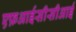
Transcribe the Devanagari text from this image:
एफ़आईसीसीआई